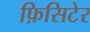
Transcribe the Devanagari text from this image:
फ़िसिटेर